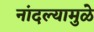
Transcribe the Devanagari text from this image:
नांदल्यामुळे